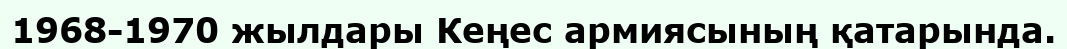
1968-1970 жылдары Кеңес армиясының қатарында.